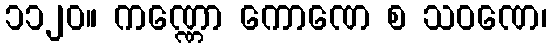
၁၁၂၀။ ကဏ္ဏော ကောဏေ စ သဝဏေ၊